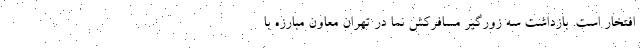
افتخار است. بازداشت سه زورگیر مسافرکش نما در تهران معاون مبارزه با